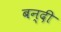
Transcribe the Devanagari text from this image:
बन्‍दी